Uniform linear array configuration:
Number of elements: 48
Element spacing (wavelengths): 0.5
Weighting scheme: cosine
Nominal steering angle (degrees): -30
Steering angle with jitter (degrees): -28.761
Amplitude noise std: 0.05
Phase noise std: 0.05

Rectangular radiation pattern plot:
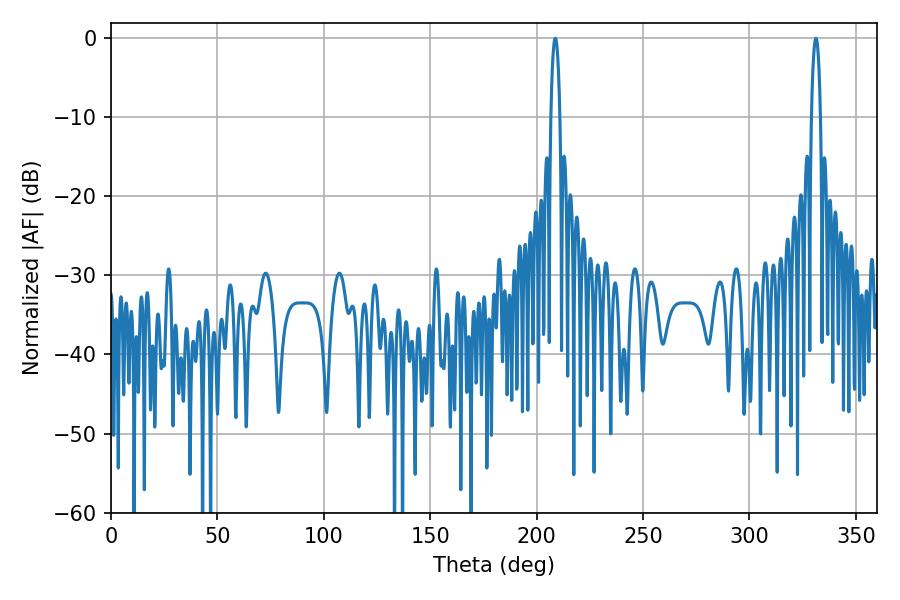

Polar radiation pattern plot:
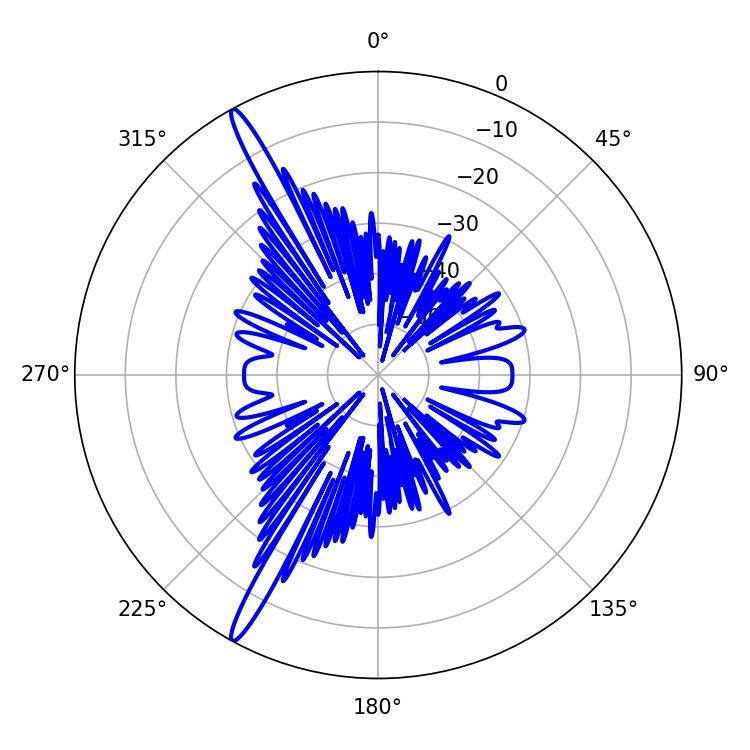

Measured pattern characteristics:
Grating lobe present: FALSE
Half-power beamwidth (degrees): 2.34
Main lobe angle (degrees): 208.8